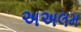
અઅલમ